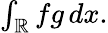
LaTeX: \textstyle\int_{\mathbb{R}}fg\, dx.